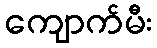
ကျောက်မီး